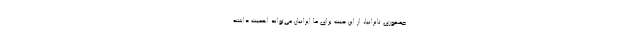
جمهوری تانزانیا، از این حیث برای ما ایرانیان می‌تواند اهمیت داشته